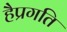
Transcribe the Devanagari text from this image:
हैप्रगति